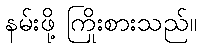
နမ်းဖို့ ကြိုးစားသည်။